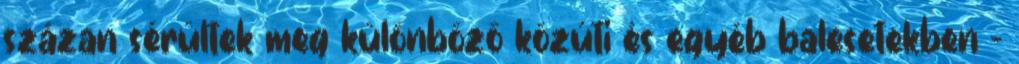
százan sérültek meg különböző közúti és egyéb balesetekben -